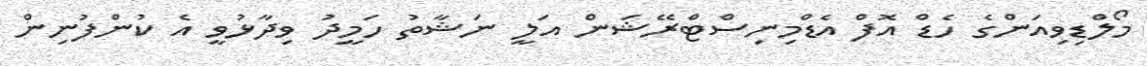
މޯލްޑިވިއަންގެ ހެޑް އޮފް އެޑްމިނިސްޓްރޭޝަން އަލީ ނަޝާތު ހަމީދު ވިދާޅުވީ އެ ކުންފުނިން